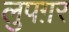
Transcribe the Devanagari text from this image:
लुपग़र